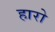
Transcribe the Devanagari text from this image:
हारो